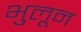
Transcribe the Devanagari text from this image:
भुलून